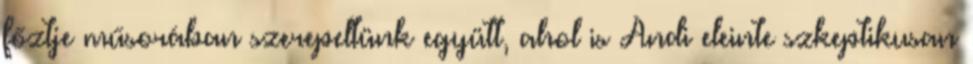
főztje műsorában szerepeltünk együtt, ahol is Andi eleinte szkeptikusan